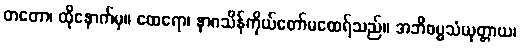
တတော၊ ထိုနောက်မှ။ ထေရော၊ နာဂသိန်ကိုယ်တော်မထေရ်သည်။ အဘိဓမ္မသံယုတ္တာယ၊